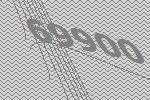
69900